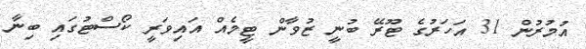
އުމުރުން 31 އަހަރުގެ ޓޫރޭ ބުނީ ޒުވާން ޓީމެއް އައިވަރީ ކޯސްޓުގައި ބިނާ